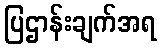
ပြဌာန်းချက်အရ